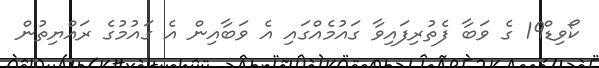
ކޯވިޑް19 ގެ ވަބާ ފެތުރިފައިވާ ގައުމެއްގައި އެ ވަބާއިން އެ ގައުމުގެ ރައްޔިތުން